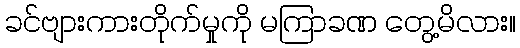
ခင်ဗျားကားတိုက်မှုကို မကြာခဏ တွေ့မိလား။